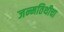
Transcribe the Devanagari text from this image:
जन्मतिथीचा